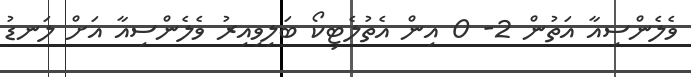
ވެލެންސިއާ އަތުން 2- 0 އިން އެތުލެޓިކޯ ބަލިވިއިރު ވެލެންސިއާ އަށް ލަނޑު